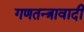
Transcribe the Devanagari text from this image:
गणतन्त्रावादी